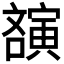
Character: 𡫫